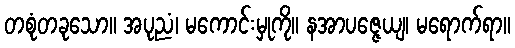
တစုံတခုသော။ အပုညံ၊ မကောင်းမှုကို။ နအာပဇ္ဇေယျ၊ မရောက်ရာ။